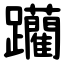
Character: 躪